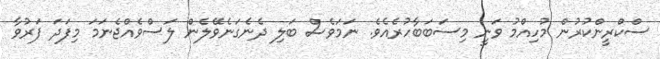
ސްކްރީންކުރުން މުހިއްމު ވަނީ މިސަބަބާހުރެއެވެ. ނަމަވެސް ބަލި ދެނެގަނެވޭލެން ލަސްވެއްޖެނަމަ މިފަދަ ފަރުވާ